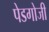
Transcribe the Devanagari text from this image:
पेडगोजी